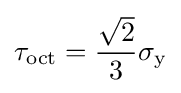
\tau _{\text{oct}}={\frac {\sqrt {2}}{3}}\sigma _{\text{y}}\,\!